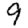
Digit: 9